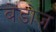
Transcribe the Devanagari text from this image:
बेडोज़